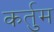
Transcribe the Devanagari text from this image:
कर्तुम